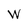
Character: W